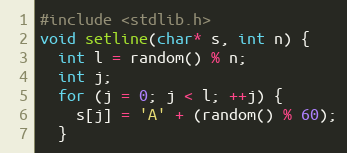
Language: C++
#include <stdlib.h>
void setline(char* s, int n) {
  int l = random() % n;
  int j;
  for (j = 0; j < l; ++j) {
    s[j] = 'A' + (random() % 60);
  }